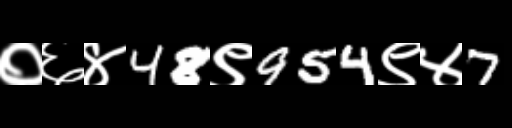
Text: ०६४48९954९४7